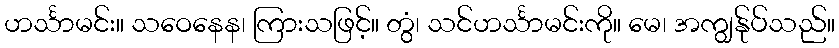
ဟင်္သာမင်း။ သဝေနေန၊ ကြားသဖြင့်။ တွံ၊ သင်ဟင်္သာမင်းကို။ မေ၊ အကျွန်ုပ်သည်။